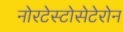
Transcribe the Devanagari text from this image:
नोरटेस्टोसेटेरोन